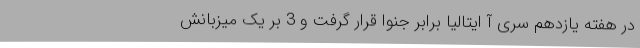
در هفته یازدهم سری آ ایتالیا برابر جنوا قرار گرفت و 3 بر یک میزبانش